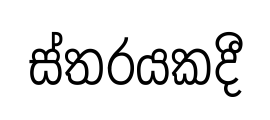
ස්තරයකදී